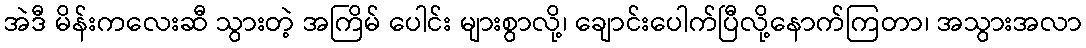
အဲဒီ မိန်းကလေးဆီ သွားတဲ့ အကြိမ် ပေါင်း များစွာလို့၊ ချောင်းပေါက်ပြီလို့နောက်ကြတာ၊ အသွားအလာ